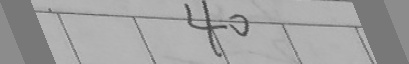
4 0